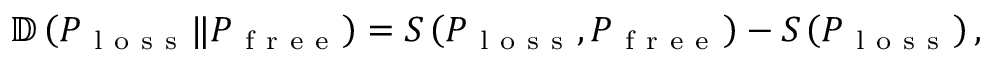
\begin{array} { r } { \mathbb { D } \left( P _ { \mathrm { ~ l ~ o ~ s ~ s ~ } } \Vert P _ { \mathrm { ~ f ~ r ~ e ~ e ~ } } \right) = S \left( P _ { \mathrm { ~ l ~ o ~ s ~ s ~ } } , P _ { \mathrm { ~ f ~ r ~ e ~ e ~ } } \right) - S \left( P _ { \mathrm { ~ l ~ o ~ s ~ s ~ } } \right) , } \end{array}